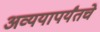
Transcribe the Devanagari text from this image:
अव्ययापर्यंतचे